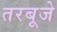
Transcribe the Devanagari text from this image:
तरबूजे